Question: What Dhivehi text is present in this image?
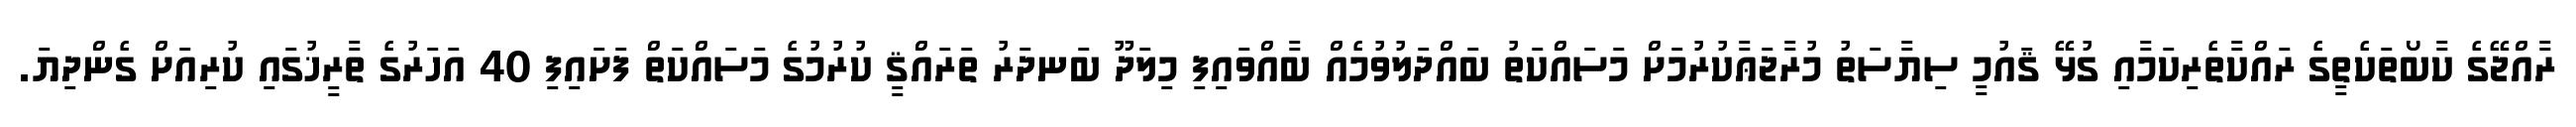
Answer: ރާއްޖޭގެ ކާބޯތަކެތީގެ ރައްކާތެރިކަމާއި ގުޅޭ ޤައުމީ ސިޔާސަތު މުރާޖަޢާކުރުމަށް މަސައްކަތު ބައްދަލުވުމެއް ބާއްވައިފި މިލަދޫ ބަނދަރު ތަރައްޤީ ކުރުމުގެ މަސައްކަތް ފަށައިފި 40 އަހަރުގެ ތާރީޚުގައި ކުރިއަށް ގެންދިޔަ.